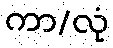
ကာ/လုံ